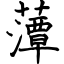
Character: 藫